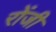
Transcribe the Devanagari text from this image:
रोंजी